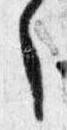
々